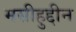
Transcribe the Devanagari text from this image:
मसीहुद्दीन